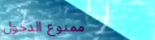
ممنوع الدخول